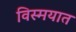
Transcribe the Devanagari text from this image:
विस्मयात